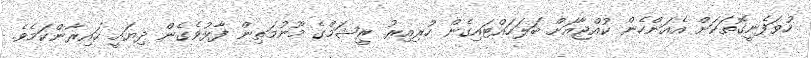
ހުވަފެނީގޮތަކަށް އެއަންހެން ކުއްޖާއަށް ބަލަހައްޓައިގެން ހުރިއިރު ރީޝަމްގެ މޫނުމަތިން ފާޅުވެގެން ދިޔައީ ހައިރާންކަމެވެ.